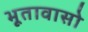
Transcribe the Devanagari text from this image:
भूतावासो